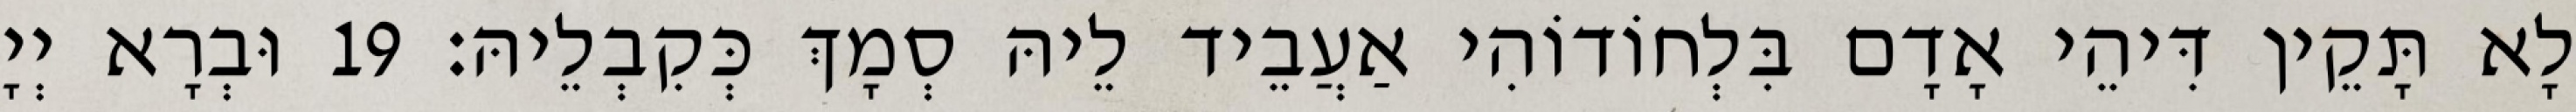
לָא תָּקֵין דִּיהֵי אָדָם בִּלְחוֹדוֹהִי אַעֲבֵיד לֵיהּ סְמָךְ כְּקִבְלֵיהּ׃ 19 וּבְרָא יְיָ